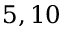
5 , 1 0